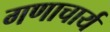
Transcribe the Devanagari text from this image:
गणाचार्य